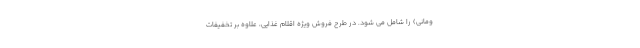
ومانی) را شامل می شود. در طرح فروش ویژه اقلام غذایی، علاوه بر تخفیفات